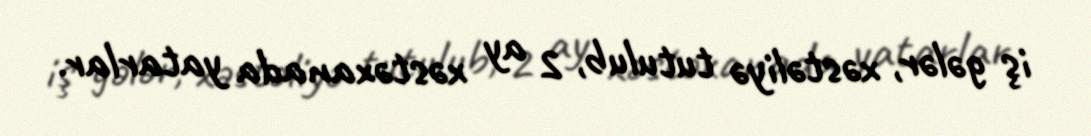
iş gələr, xəstəliyə tutulub, 2 ay xəstəxanada yatarlar.